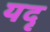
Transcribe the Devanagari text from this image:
यदृ